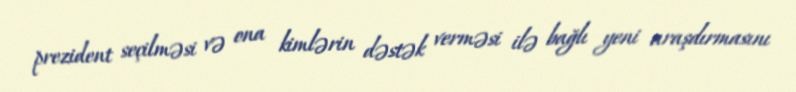
prezident seçilməsi və ona kimlərin dəstək verməsi ilə bağlı yeni araşdırmasını